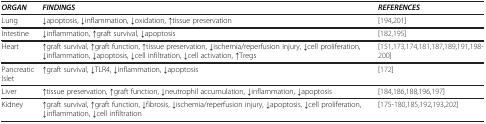
| ORGAN | FINDINGS | REFERENCES |
 | --- | --- | --- |
 | Lung | ↓apoptosis, ↓inflammation, ↓oxidation, ↑tissue preservation | [194,201] |
 | Intestine | ↓inflammation, ↑graft survival, ↓apoptosis | [182,195] |
 | Heart | ↑graft survival, ↑graft function, ↑tissue preservation, ↓ischemia/reperfusion injury, ↓cell proliferation, ↓inflammation, ↓apoptosis, ↓cell infiltration, ↓cell activation, ↑Tregs | [151,173,174,181,187,189,191,198-200] |
 | Pancreatic Islet | ↑graft survival, ↓TLR4, ↓inflammation, ↓apoptosis | [172] |
 | Liver | ↑tissue preservation, ↑graft function, ↓neutrophil accumulation, ↓inflammation, ↓apoptosis | [184,186,188,196,197] |
 | Kidney | ↑graft survival, ↑graft function, ↓fibrosis, ↓ischemia/reperfusion injury, ↓apoptosis, ↓cell proliferation, ↓inflammation, ↓cell infiltration | [175-180,185,192,193,202] |